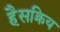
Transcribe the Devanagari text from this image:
हैसक्रिय